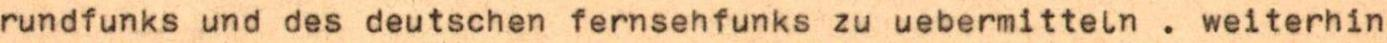
rundfunks und des deutschen fernsehfunks zu uebermitteln . weiterhin